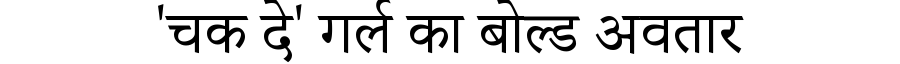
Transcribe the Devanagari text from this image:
'चक दे' गर्ल का बोल्ड अवतार